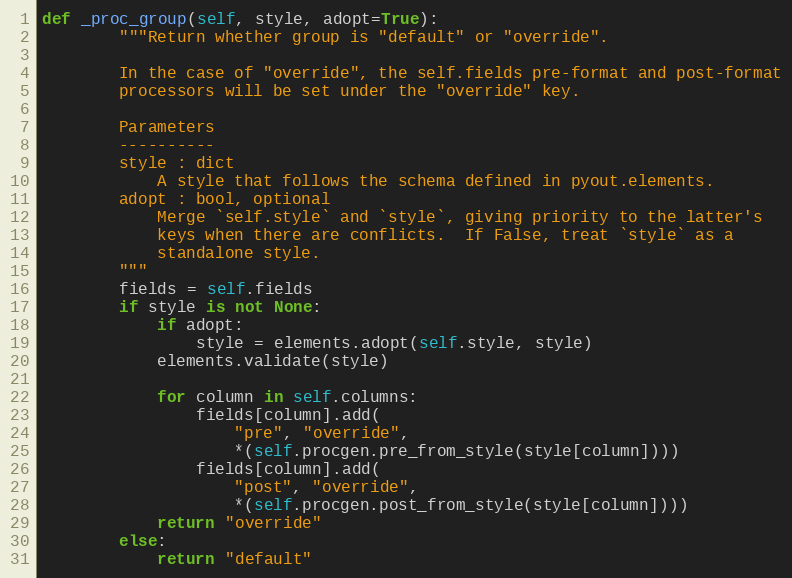
Language: Python
def _proc_group(self, style, adopt=True):
        """Return whether group is "default" or "override".

        In the case of "override", the self.fields pre-format and post-format
        processors will be set under the "override" key.

        Parameters
        ----------
        style : dict
            A style that follows the schema defined in pyout.elements.
        adopt : bool, optional
            Merge `self.style` and `style`, giving priority to the latter's
            keys when there are conflicts.  If False, treat `style` as a
            standalone style.
        """
        fields = self.fields
        if style is not None:
            if adopt:
                style = elements.adopt(self.style, style)
            elements.validate(style)

            for column in self.columns:
                fields[column].add(
                    "pre", "override",
                    *(self.procgen.pre_from_style(style[column])))
                fields[column].add(
                    "post", "override",
                    *(self.procgen.post_from_style(style[column])))
            return "override"
        else:
            return "default"